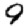
Digit: 9